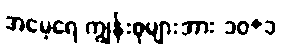
အမေ့ရေ ကျွန်းစုများအား ၁၀+၁